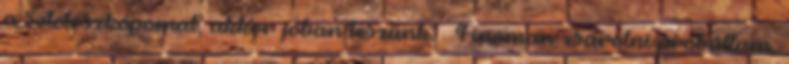
a sztetoszkópomat, akkor jóban leszünk. – Finoman zsarolni próbáltam,